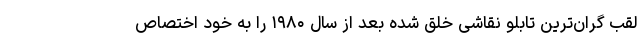
لقب گران‌ترین تابلو نقاشی خلق شده بعد از سال ۱۹۸۰ را به خود اختصاص